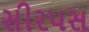
સીરપસ